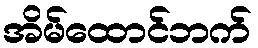
အိမ်ထောင်ဘက်